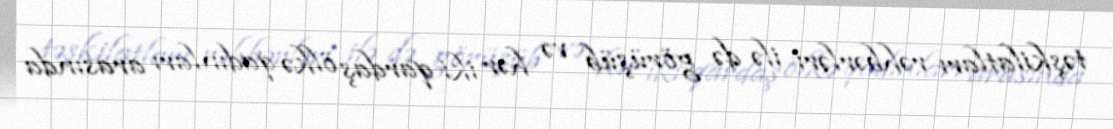
təşkilatları rəhbərləri ilə də görüşüb və hər iki qardaş ölkə qadınları arasında